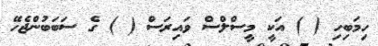
ހިމަބިހި ( ) އަކީ މީސްލްސް ވައިރަސް ( ) ގެ ސަބަބުންޖެހޭ